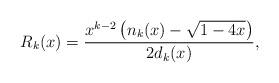
LaTeX: \begin{align*}R_k(x)= \frac{x^{k-2}\left(n_k(x)-\sqrt{1-4x} \right)}{2d_k(x)},\end{align*}